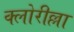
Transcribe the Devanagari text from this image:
क्लोरील्ला